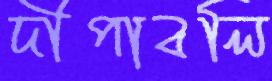
দীপাবলি